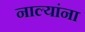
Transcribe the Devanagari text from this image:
नाल्यांना